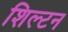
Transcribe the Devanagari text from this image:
शिल्टन